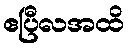
ဧပြီလအထိ